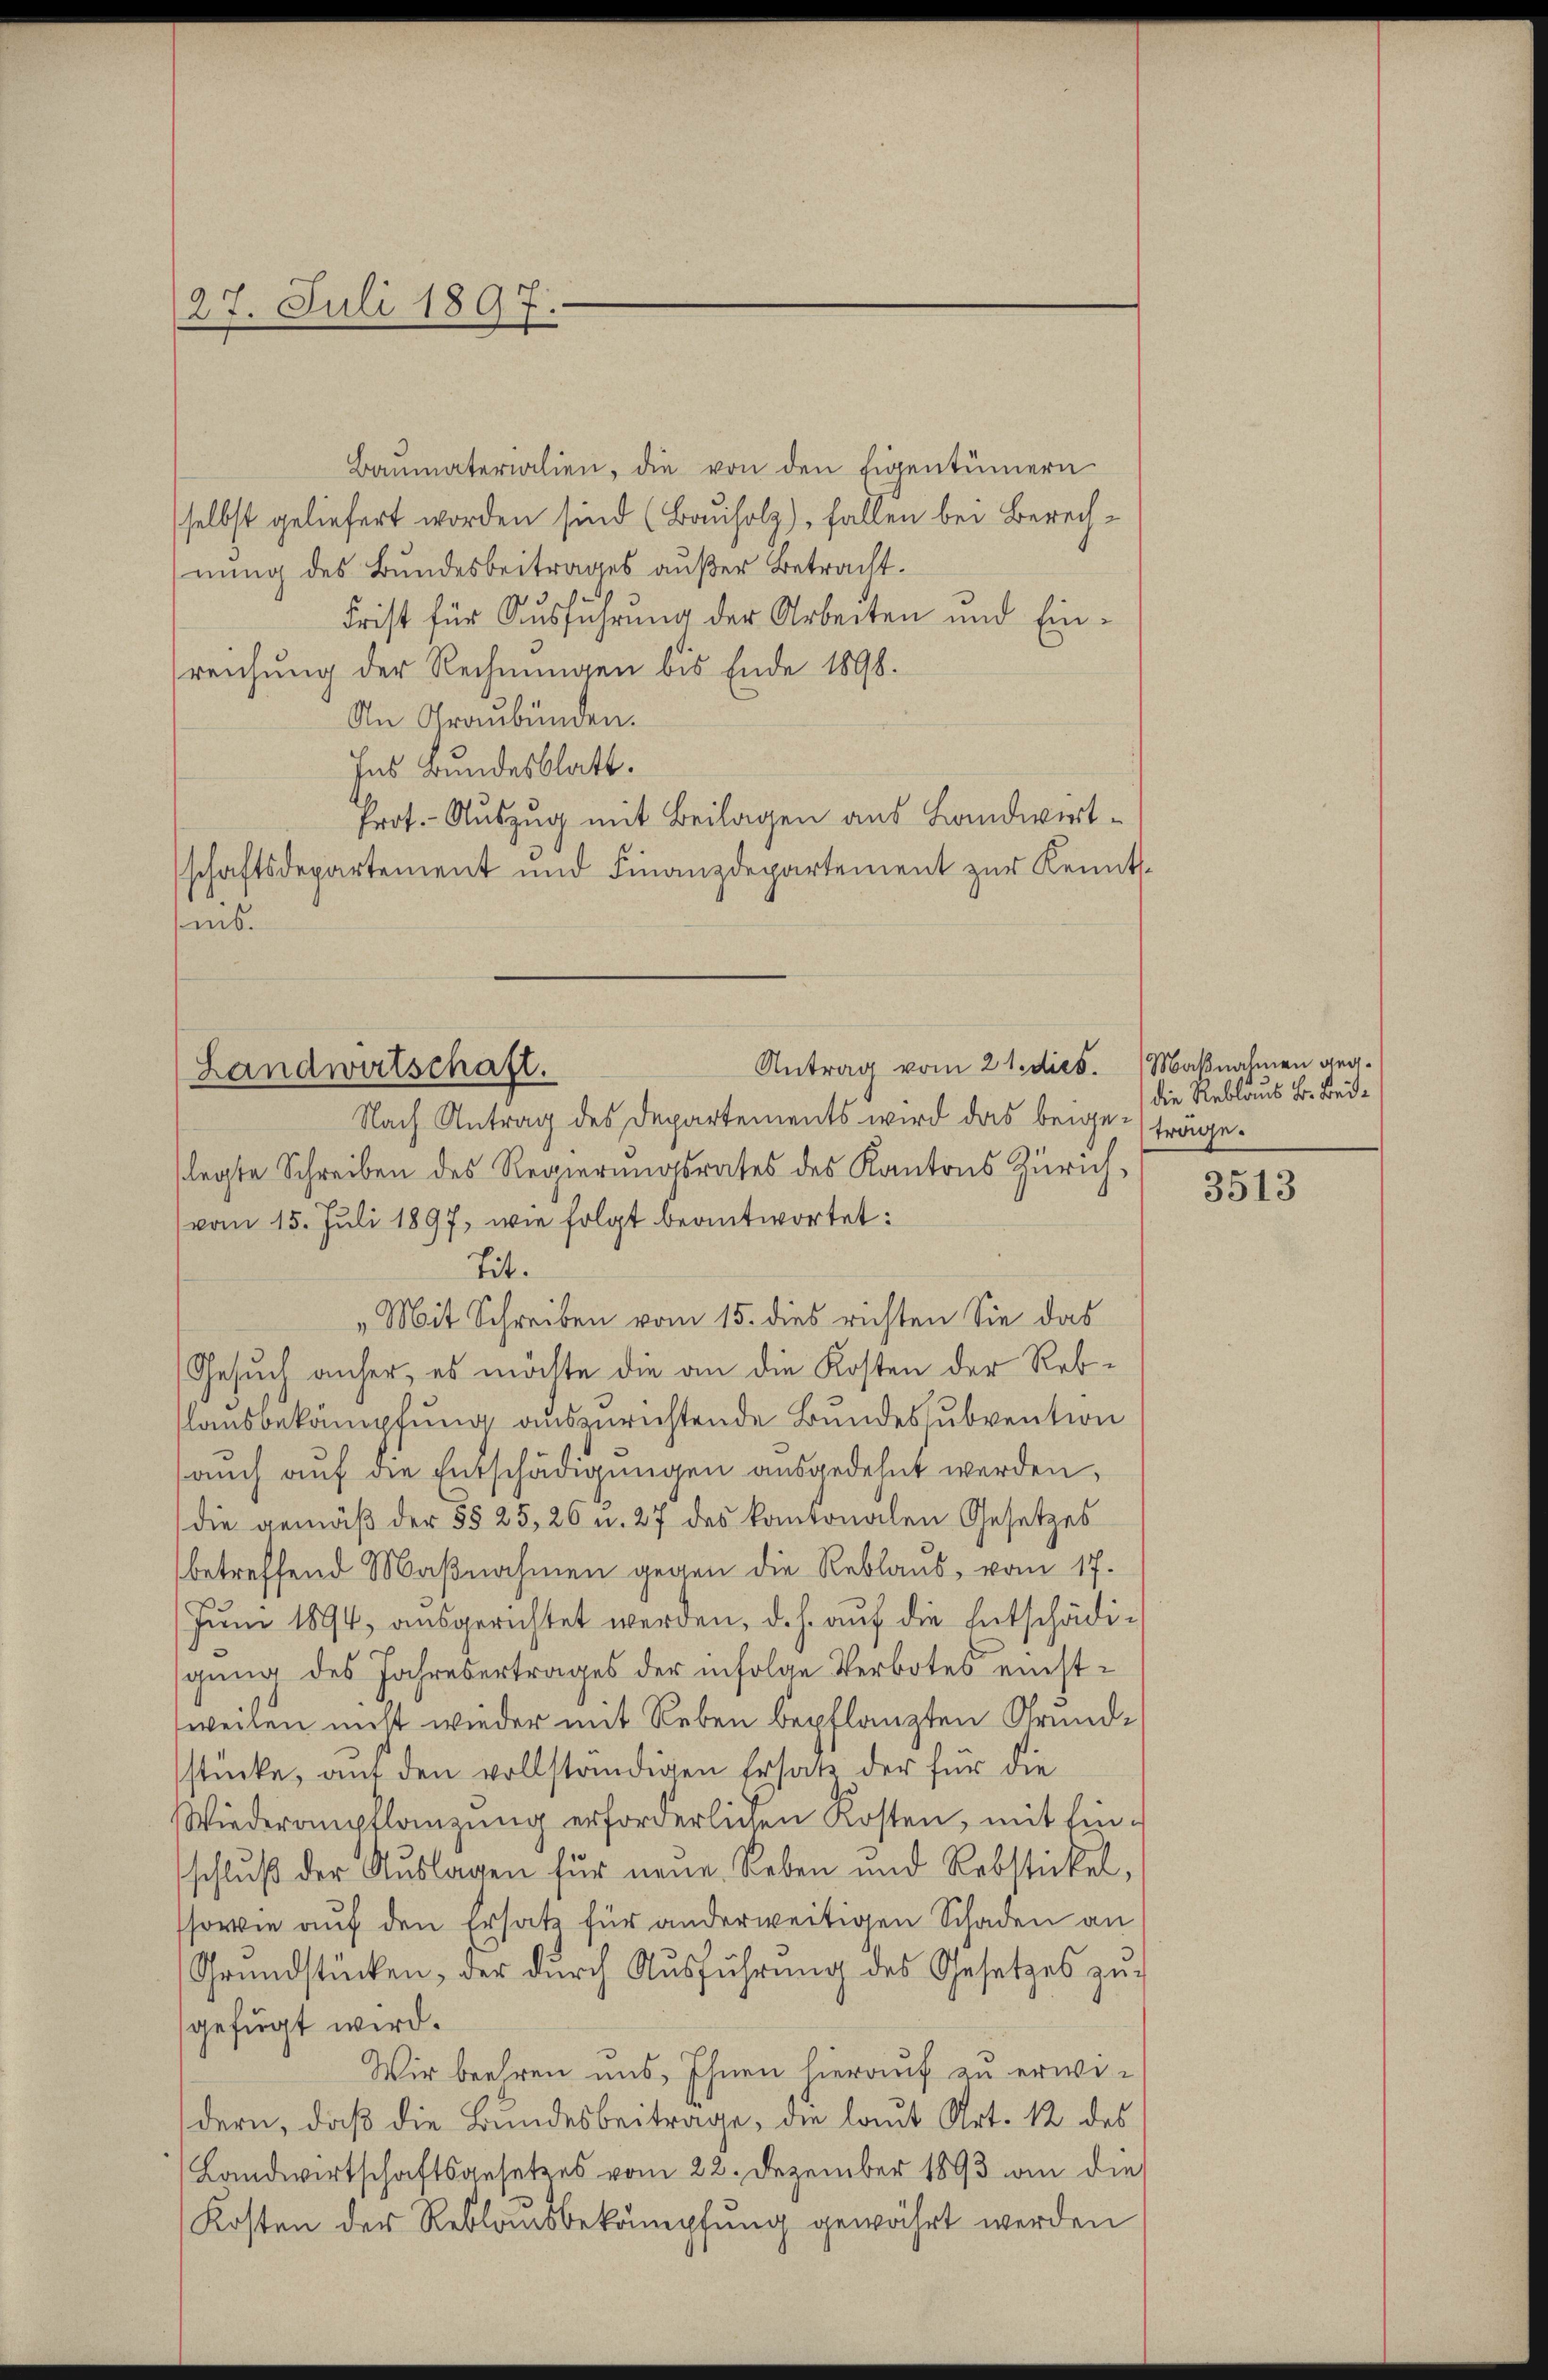
27. Juli 1897.

Baŭmaterialien, die von den Eigentümern
selbst geliefert worden sind (Bauholz), fallen bei Berechnung des Bundesbeitrages außer Betracht.
Frist für Ausführung der Arbeiten und Einreichung der Rechnungen bis Ende 1898.
An Graubünden.
Ins Bundesblatt.
Prot. - Auszug mit Beilagen aus Landwirtschaftsdepartement und Finanzdepartement zur Kenntms.

Antrag vom 21. dies. Maßnahmen geg
Landwirtschaft.

Nach Antrag des Departements wird das beige-träge.
legte Schreiben des Regierungsrates des Kantons Zürichvom 15. Juli 1897, wie folgt beantwortet:
tit.
„Mit Schreiben vom 15. dies richten Sie das
Gesuch anher, es möchte die an die Kosten der Reblausbekämpfung auszurichtende Bundessubvention
(auch auf die Entschädigungen ausgedehnt werden,
die gemäβ der §§ 25, 26 u. 27 des kantonalen Gesetzes
betreffend Maßnahmen gegen die Reblaus, vom 17.
Juni 1894, ausgerichtet werden, d. h. auf die Entschädigung des Jahresertrages der infolge Verbotes einstweilen nicht wieder mit Reben bepflanzten Grund-
stücke, auf den vollständigen Ersatz der für die
Wiederanpflanzung erforderlichen Kosten, mit Einschlŭβ der Aŭslagen für neue Reben und Rebstickel,
ssowie auf den Ersatz für anderweitigen Schaden an
Grŭndstücken, der dŭrch Aŭsführŭng des Gesetzes zŭ
gefügt wird.
Wir beehren uns, Ihnen hierauf zu erwedern, daß die Bundesbeitrage, die laut Art. 12 des
Landwirtschaftsgesetzes vom 22. Dezember 1893 an die
Kosten der Reblausbekämpfung gewährt werden

die Reblaus B. Bei¬

3513